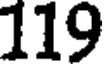
119